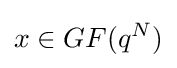
x\in GF(q^{N})